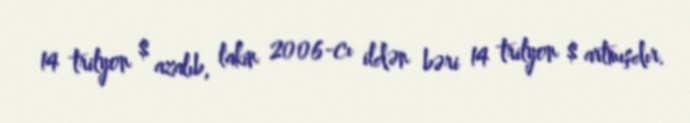
14 trilyon $ azalıb, lakin 2006-cı ildən bəri 14 trilyon $ artmışdır.